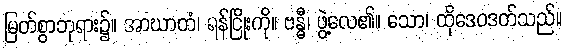
မြတ်စွာဘုရား၌။ အာဃာတံ၊ ရန်ငြိုးကို။ ဗန္ဓီ၊ ဖွဲ့လေ၏။ သော၊ ထိုဒေဝဒတ်သည်။